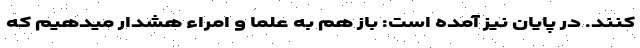
کنند. در پایان نیز آمده است: باز هم به علما و امراء هشدار میدهیم که